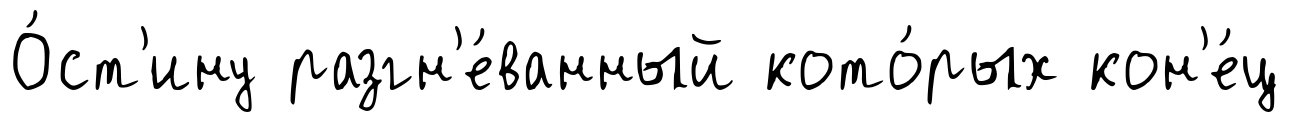
О́ст'ину разгн'е́ванный кото́рых кон'е́ц